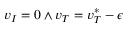
v _ { I } = 0 \land v _ { T } = v _ { T } ^ { * } - \epsilon